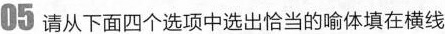
05 请从下面四个选项中选出恰当的喻体填在横线